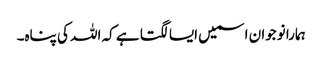
ہمارا نوجوان اسمیں ایسا لگتا ہے کہ اللہ کی پناہ۔